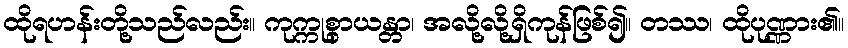
ထိုရဟန်းတို့သည်လည်း။ ကုက္ကုစွာယန္တာ၊ အလို့လို့ရှိကုန်ဖြစ်၍။ တဿ၊ ထိုပုဏ္ဏား၏။